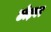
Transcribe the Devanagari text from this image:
छोड़वर